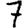
Digit: 7